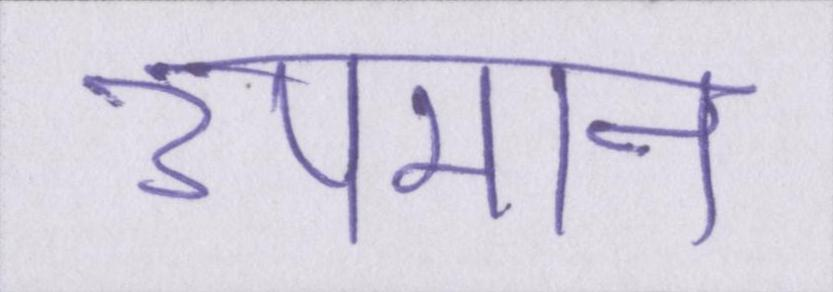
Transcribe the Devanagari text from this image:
उपमान